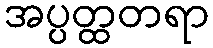
အပ္ပတ္ထတရာ